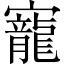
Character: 寵